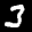
Label: 3